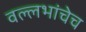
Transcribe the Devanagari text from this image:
वल्लभांचेच